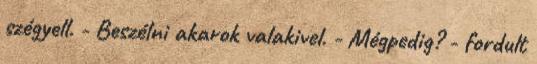
szégyell. - Beszélni akarok valakivel. - Mégpedig? - fordult